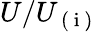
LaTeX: U/U_{\mathrm{~(~i~)~}}